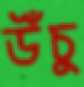
উঁচু